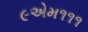
૯એમ૧૧૧